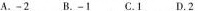
A.-2B.-1C.1D.2